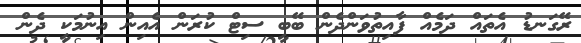
ރޭގަނޑު އެތައް ދަމެއް ފާއިތުވަންދެން ބޭބީ ސިޓް ކުރަން އެއިން އިނުމަކީ ދެން